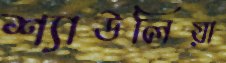
শ্যাউলিয়া